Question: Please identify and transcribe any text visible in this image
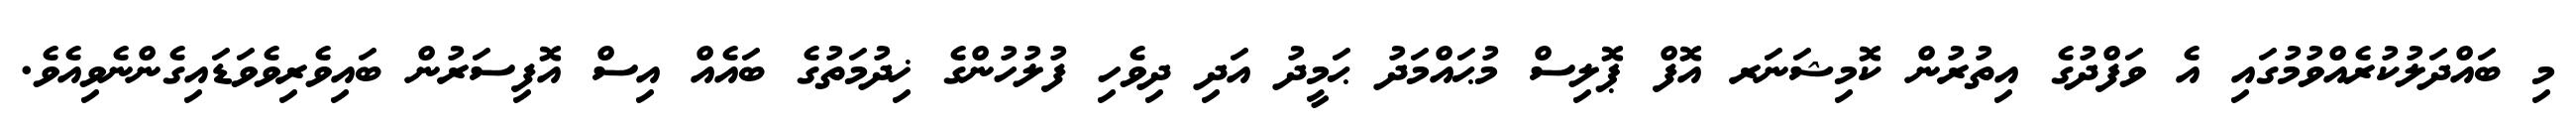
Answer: މި ބައްދަލުކުރެއްވުމުގައި އެ ވަފްދުގެ އިތުރުން ކޮމިޝަނަރ އޮފް ޕޮލިސް މުޙައްމަދު ޙަމީދު އަދި ދިވެހި ފުލުހުންގެ ޚިދުމަތުގެ ބައެއް އިސް އޮފިސަރުން ބައިވެރިވެވަޑައިގެންނެވިއެވެ.